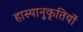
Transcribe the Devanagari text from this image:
हास्यानुकृतियों